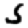
Digit: 5